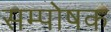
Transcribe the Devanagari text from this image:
सम्पोषक